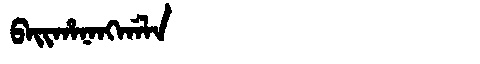
Manchu: ᠪᠠᡳᡥᠠᠨᠠᠩᡤᠠᠯᠠ
Romanization: BAIHANANGGALA